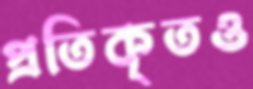
প্রতিকৃতও